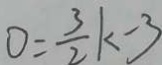
0 = \frac { 3 } { 2 } k - 3